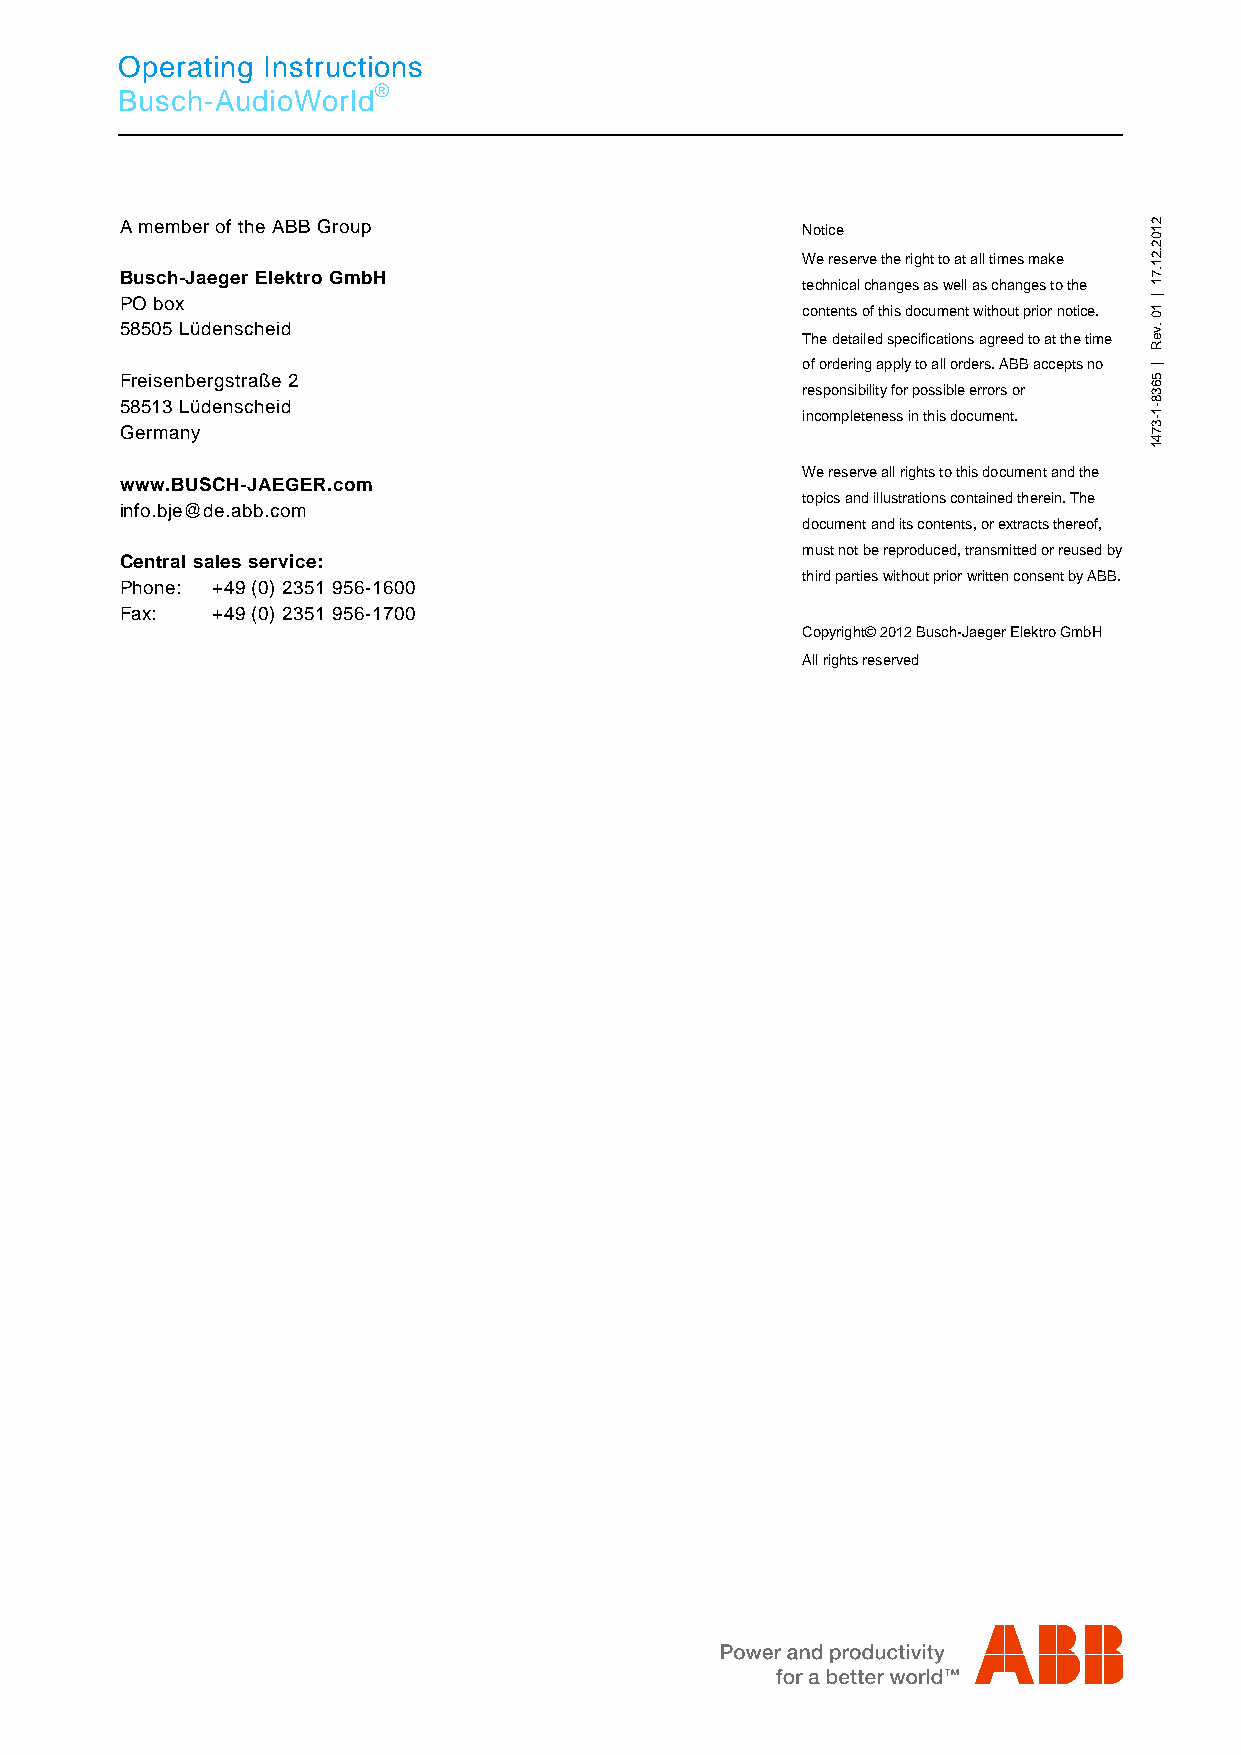
Operating Instructions
 Busch-AudioWorld®
 P os: 47 /#Neustruktur#/Online-Dokumentation (+KNX)/Rückseiten (--> Für alle Dokumente <--)/Rückseite - Busch-Jaeger - Allgemein (2013-01-03 09:23:43) @ 28\mod_1347009779995_15.docx @ 232282 @ 3 @ 1
 A member of the ABB Group                    Notice
 We reserve the right to at all times make
 Busch-Jaeger Elektro GmbH
 technical changes as well as changes to the
 PO box
 contents of this document without prior notice.
 58505 Lüdenscheid
 The detailed specifications agreed to at the time
 of ordering apply to all orders. ABB accepts no
 Freisenbergstraße 2
 responsibility for possible errors or
 58513 Lüdenscheid
 incompleteness in this document.
 Germany
 We reserve all rights to this document and the
 www.BUSCH-JAEGER.com
 topics and illustrations contained therein. The
 info.bje@de.abb.com
 document and its contents, or extracts thereof,
 must not be reproduced, transmitted or reused by
 Central sales service:
 third parties without prior written consent by ABB.
 Phone: +49 (0) 2351 956-1600
 Fax:  +49 (0) 2351 956-1700
 Copyright© 2012 Busch-Jaeger Elektro GmbH
 All rights reserved
 === Ende der Liste für Textmarke Backcover ===
 2102.21.71
 |
 10
 .veR
 |
 5638-1-3741